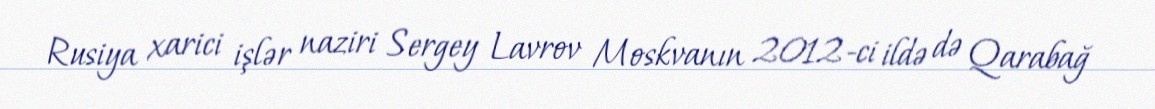
Rusiya xarici işlər naziri Sergey Lavrov Moskvanın 2012-ci ildə də Qarabağ